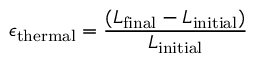
\epsilon _ { \mathrm { t h e r m a l } } = { \frac { ( L _ { \mathrm { f i n a l } } - L _ { \mathrm { i n i t i a l } } ) } { L _ { \mathrm { i n i t i a l } } } }